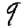
Digit: 9